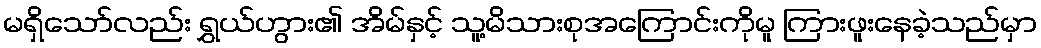
မရှိသော်လည်း ရွှယ်ဟွား၏ အိမ်နှင့် သူ့မိသားစုအကြောင်းကိုမူ ကြားဖူးနေခဲ့သည်မှာ